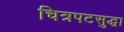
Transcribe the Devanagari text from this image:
चित्रपटसुद्धा